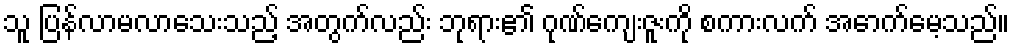
သူ ပြန်လာမလာသေးသည့် အတွက်လည်း ဘုရား၏ ဂုဏ်ကျေးဇူးကို စကားလက် အောက်မေ့သည်။